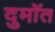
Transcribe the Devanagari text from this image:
दुमॉत